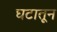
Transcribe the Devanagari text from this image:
घटातून